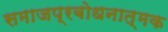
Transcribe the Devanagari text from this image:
समाजप्रबोधनात्मक